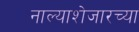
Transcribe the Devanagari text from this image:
नाल्याशेजारच्या